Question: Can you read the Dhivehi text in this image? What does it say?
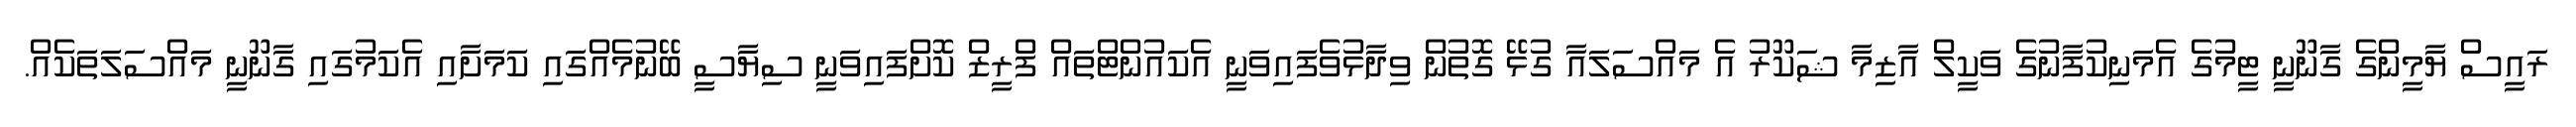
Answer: ރައީސް ޔާމީންގެ ގާނޫނީ ޓީމުގެ އެމަނިކުފާނުގެ ވަކީލް އާޒިމާ ޝަކޫރު އެ މައްސަލައާ ގުޅޭ ގޮތުން ވިދާޅުވެފައިވަނީ އެކައުންޓްތައް ފްރީޒް ކޮށްފައިވަނީ ސިޔާސީ ބޭނުމެއްގައި ކަމަށާއި އެކަމުގައި ގާނޫނީ މައްސަލަތަކެއް.